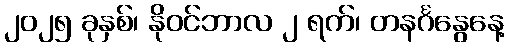
၂၀၂၅ ခုနှစ်၊ နိုဝင်ဘာလ ၂ ရက်၊ တနင်္ဂနွေနေ့